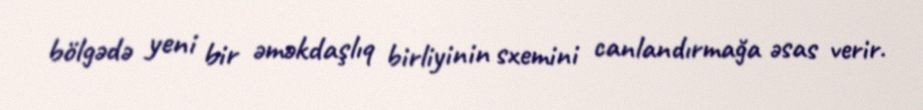
bölgədə yeni bir əməkdaşlıq birliyinin sxemini canlandırmağa əsas verir.